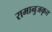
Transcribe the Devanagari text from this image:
रामानुजकृत